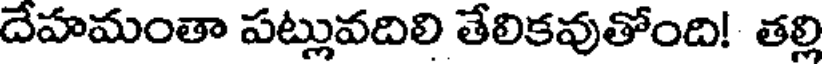
దేహమంతా పట్లువదిలి తేలికవుతోంది! తల్లి